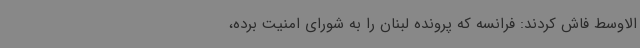
الاوسط فاش کردند: فرانسه که پرونده لبنان را به شورای امنیت برده،